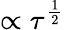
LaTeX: \propto\tau^{\frac{1}{2}}